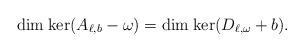
LaTeX: \begin{align*}\mathrm{dim}\; \mathrm{ker} (A_{\ell,b} - \omega) = \mathrm{dim}\; \mathrm{ker} (D_{\ell,\omega} + b) . \end{align*}